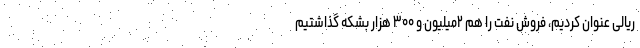
ریالی عنوان کردیم، فروش نفت را هم ۲میلیون و ۳۰۰ هزار بشکه گذاشتیم